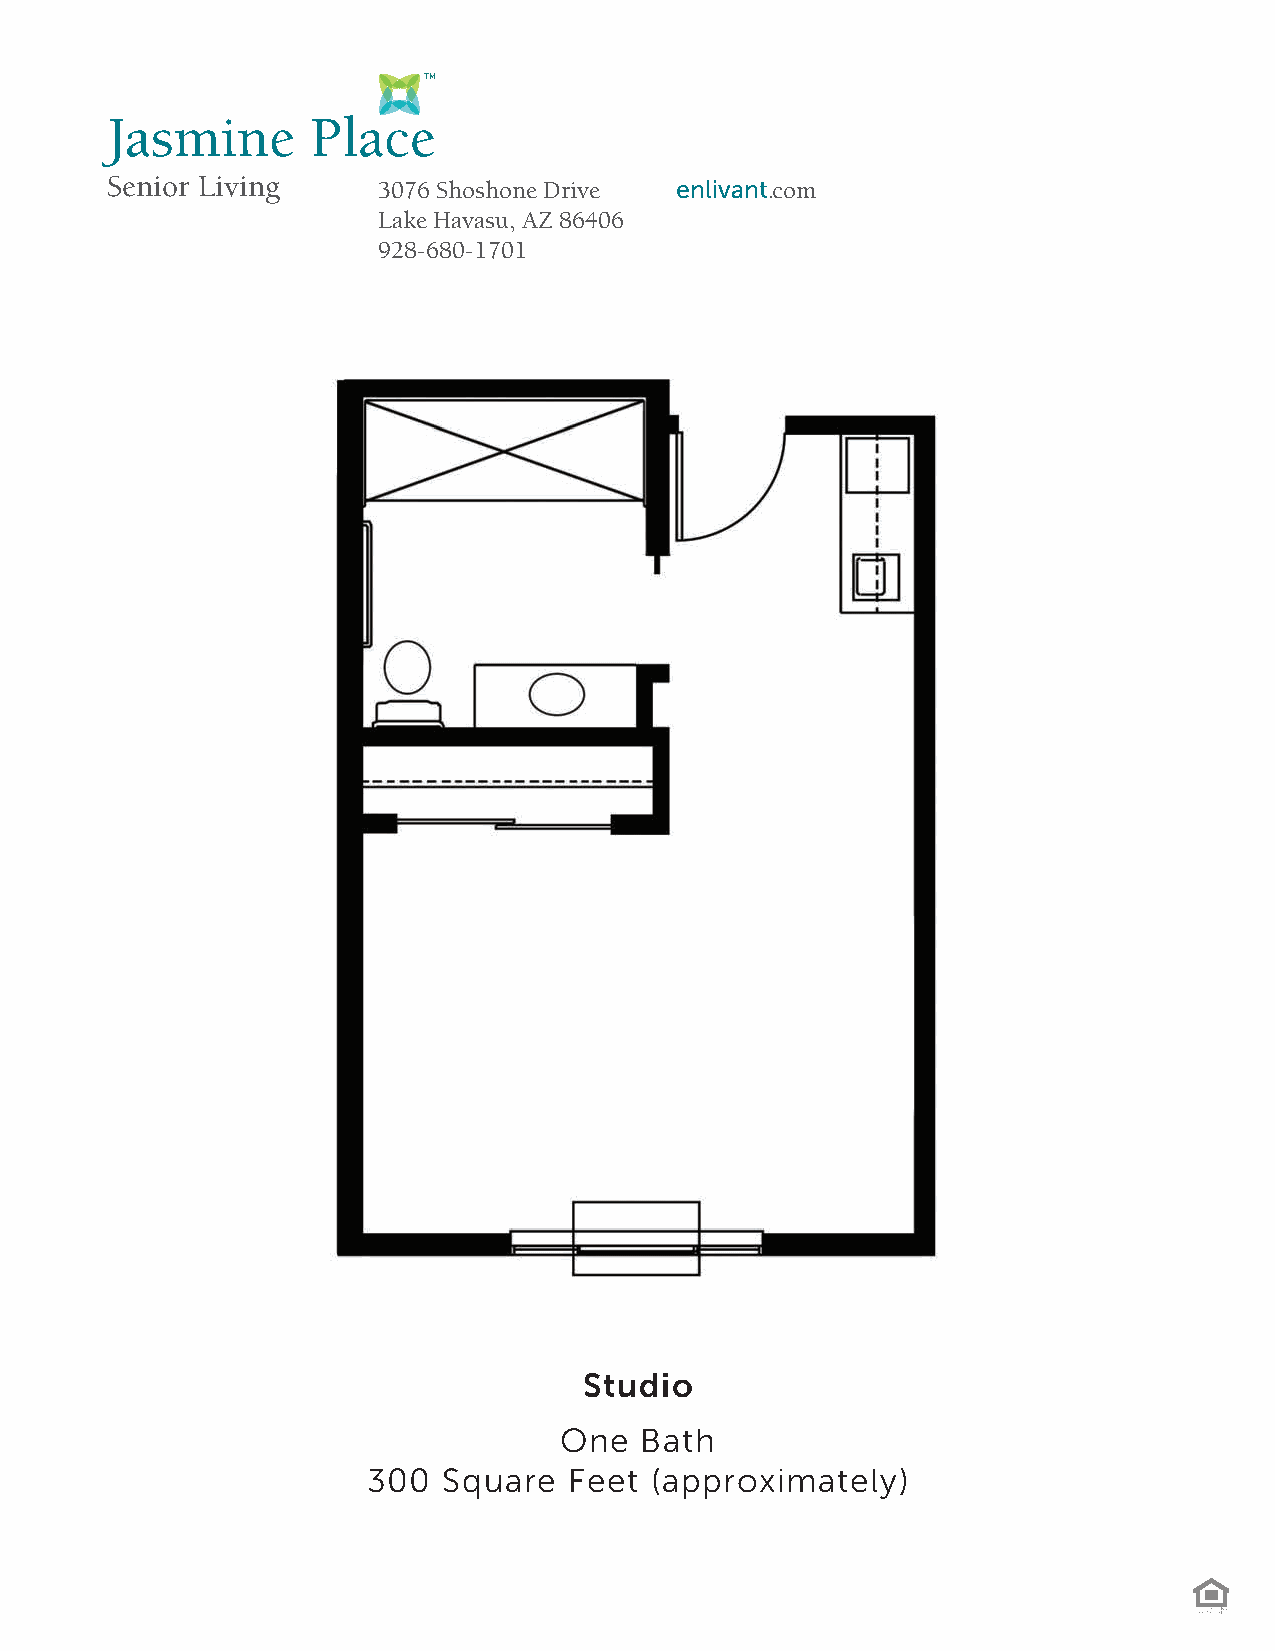
TM
 Jasmine       Place
 Senior Living     3076 Shoshone Drive enlivant.com                          enlivant.com
 Lake Havasu, AZ 86406
 928-680-1701
 Studio
 One  Bath
 300  Square   Feet (approximately)